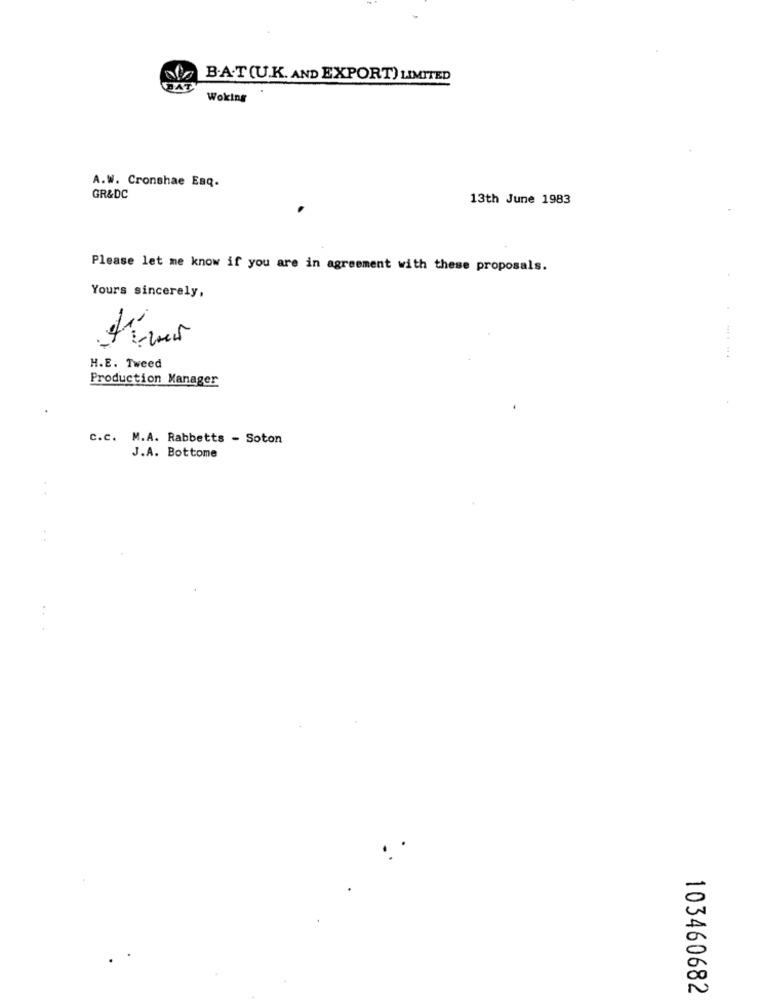
B.A.T(U.K. AND EXPORT) LIMITED
Woking
A.W. Cronshae Esq.
GR&DC
13th June 1983
Please let me know if you are in agreement with these proposals.
Yours sincerely,
H.E. Tweed
Production Manager
C.c. M.A. Rabbetts - Soton
J.A. Bottome
103460682